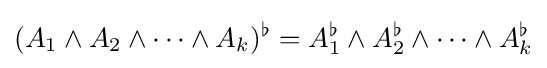
(A_{1}\wedge A_{2}\wedge \cdots \wedge A_{k})^{\flat }=A_{1}^{\flat }\wedge A_{2}^{\flat }\wedge \cdots \wedge A_{k}^{\flat }